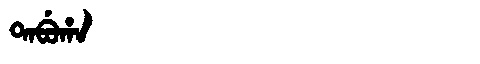
Manchu: ᡨᠠᠪᡠᡥᠠ
Romanization: TABUHA